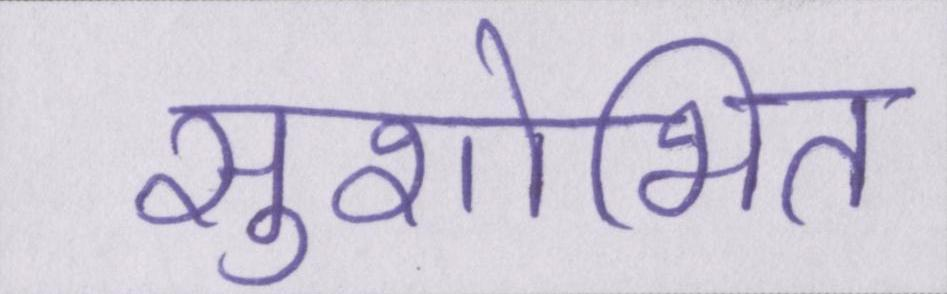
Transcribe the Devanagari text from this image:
सुशोभित